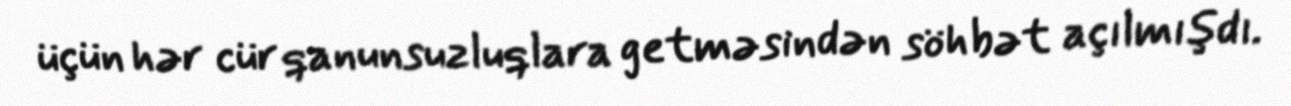
üçün hər cür qanunsuzluqlara getməsindən söhbət açılmışdı.